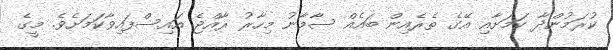
ކުރަމުންދާ ކަމަށާއި އޭގެ ތެރެއިން ބައެއް ސާމާނު މިހާރު ރާއްޖެ އައިސްފައިވާކަމަށެވެ. މީގެ